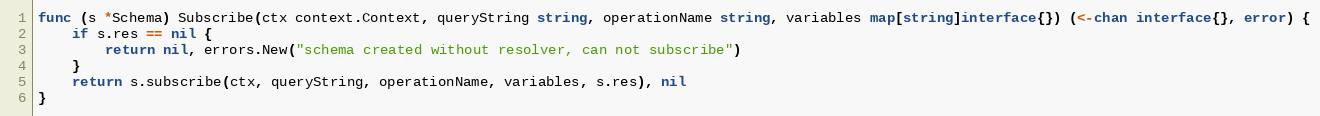
Language: Go
func (s *Schema) Subscribe(ctx context.Context, queryString string, operationName string, variables map[string]interface{}) (<-chan interface{}, error) {
	if s.res == nil {
		return nil, errors.New("schema created without resolver, can not subscribe")
	}
	return s.subscribe(ctx, queryString, operationName, variables, s.res), nil
}